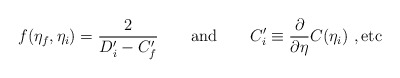
\begin{align*}f(\eta_f,\eta_i) = {2\over D'_i- C'_f} \qquad \mbox{and} \qquad C'_i \equiv{\partial \over \partial \eta}C(\eta_i)~, \mbox{etc}\end{align*}